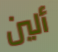
ألين